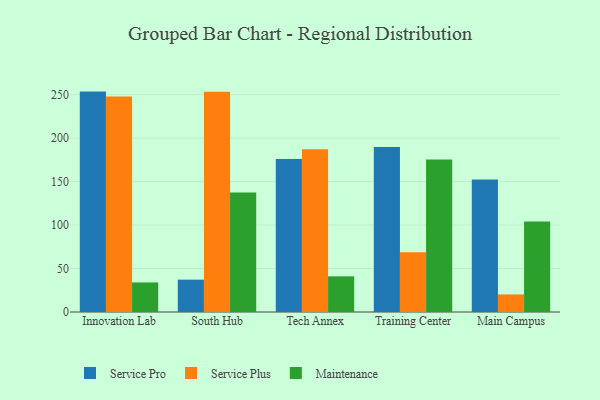
{"axis": {"x": "Campus", "y": "Gross Profit (USD K)"}, "legend": ["Maintenance", "Service Plus", "Service Pro"], "data": [{"x": "Innovation Lab", "y": 253.5, "type": "Service Pro"}, {"x": "Innovation Lab", "y": 248.0, "type": "Service Plus"}, {"x": "Innovation Lab", "y": 34.0, "type": "Maintenance"}, {"x": "South Hub", "y": 37.2, "type": "Service Pro"}, {"x": "South Hub", "y": 253.2, "type": "Service Plus"}, {"x": "South Hub", "y": 137.4, "type": "Maintenance"}, {"x": "Tech Annex", "y": 176.0, "type": "Service Pro"}, {"x": "Tech Annex", "y": 187.3, "type": "Service Plus"}, {"x": "Tech Annex", "y": 41.0, "type": "Maintenance"}, {"x": "Training Center", "y": 189.9, "type": "Service Pro"}, {"x": "Training Center", "y": 68.8, "type": "Service Plus"}, {"x": "Training Center", "y": 175.5, "type": "Maintenance"}, {"x": "Main Campus", "y": 152.3, "type": "Service Pro"}, {"x": "Main Campus", "y": 20.2, "type": "Service Plus"}, {"x": "Main Campus", "y": 104.1, "type": "Maintenance"}]}